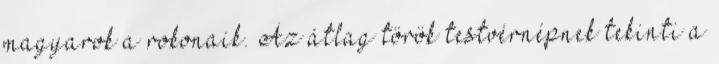
magyarok a rokonaik. Az átlag török testvérnépnek tekinti a